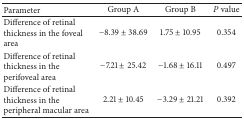
<table><thead><tr><td><b>Parameter</b></td><td><b>Group A</b></td><td><b>Group B</b></td><td><b><i>P</i> value</b></td></tr></thead><tbody><tr><td>Difference of retinal thickness in the foveal area</td><td>−8.39 ± 38.69</td><td>1.75 ± 10.95</td><td>0.354</td></tr><tr><td>Difference of retinal thickness in the perifoveal area</td><td>−7.21 ± 25.42</td><td>−1.68 ± 16.11</td><td>0.497</td></tr><tr><td>Difference of retinal thickness in the peripheral macular area</td><td>2.21 ± 10.45</td><td>−3.29 ± 21.21</td><td>0.392</td></tr></tbody></table>